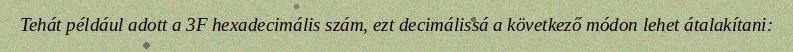
Tehát például adott a 3F hexadecimális szám, ezt decimálissá a következő módon lehet átalakítani: